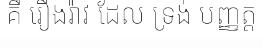
គឺ រឿងរ៉ាវ ដែល ទ្រង់ បញ្ញត្ត